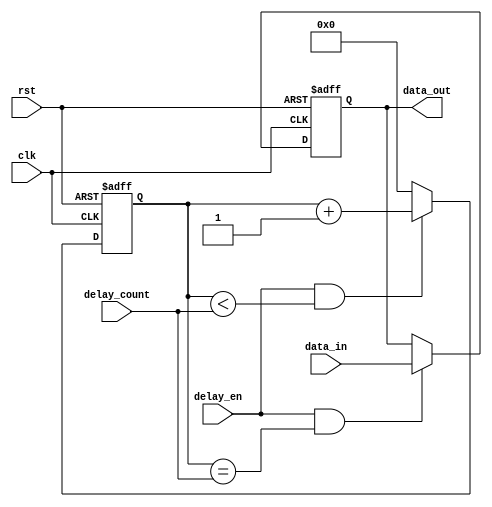
module latch_delay (
    input wire clk,
    input wire rst,
    input wire delay_en,
    input wire [3:0] delay_count,
    input wire data_in,
    output reg data_out
);

reg [3:0] count;

always @ (posedge clk or posedge rst) begin
    if (rst) begin
        count <= 4'b0000;
    end else begin
        if (delay_en && count < delay_count) begin
            count <= count + 1;
        end else begin
            count <= 4'b0000;
        end
    end
end

always @ (posedge clk or posedge rst) begin
    if (rst) begin
        data_out <= 1'b0;
    end else begin
        if (delay_en && count == delay_count) begin
            data_out <= data_in;
        end
    end
end

endmodule